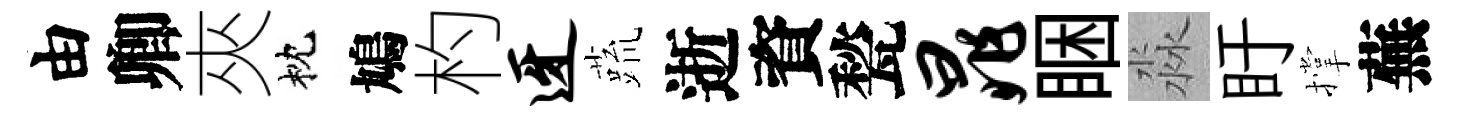
由卿夾枕鳩杓迓蔬逝資甃晁睏淼盱撑蕪